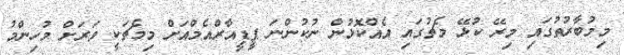
މިމުބާރުތުގައި މިރޭ ކުޅޭ މެޗުގައި އެއްކޮޅުން ނުކުންނަ ޕީޑީއާރްއެމްއަށް މިމެޗަކީ ވަރަށް މުހިންމު